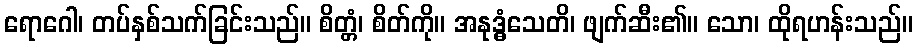
ရောဂေါ၊ တပ်နှစ်သက်ခြင်းသည်။ စိတ္တံ၊ စိတ်ကို။ အနုဒ္ဓံသေတိ၊ ဖျက်ဆီး၏။ သော၊ ထိုရဟန်းသည်။